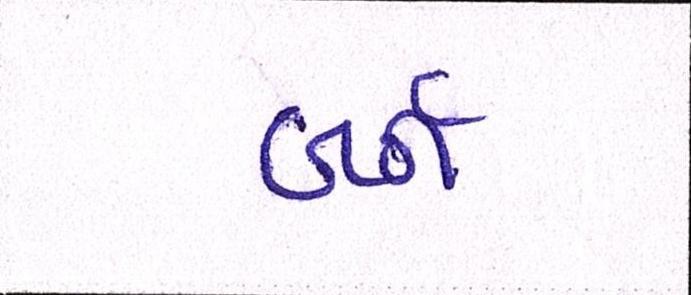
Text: બર્ન